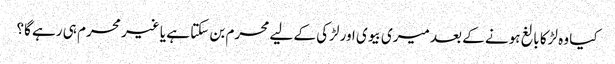
کیا وہ لڑکا بالغ ہونے کے بعد میری بیوی اور لڑکی کے لیے محرم بن سکتا ہے یا غیر محرم ہی رہے گا؟